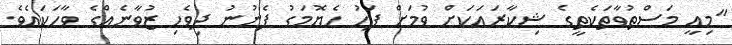
"މިއީ މަސްތުވާތަކެތީގެ ޝިކާރައަކަށް ވުމަށް ފަހު ހެޔޮމަގު ފެނުނު ދިވެހި ޒުވާނެއްގެ ވާހަކައެވެ.